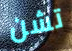
تشن